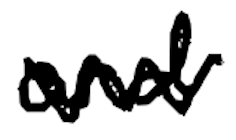
Text: and
Cross-out: mix
Writing tool: digital_black